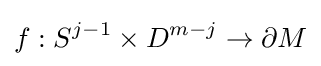
f:S^{j-1}\times D^{m-j}\to \partial M